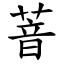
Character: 萻